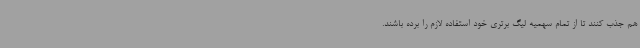
هم جذب کنند تا از تمام سهمیه لیگ برتری خود استفاده لازم را برده باشند.